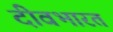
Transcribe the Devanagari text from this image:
दीवभारत